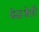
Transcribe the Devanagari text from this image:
मेळवेली